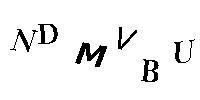
NDMVBU